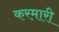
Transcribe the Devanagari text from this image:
करमारी